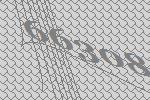
66308